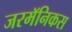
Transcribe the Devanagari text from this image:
जरमॅनिकस